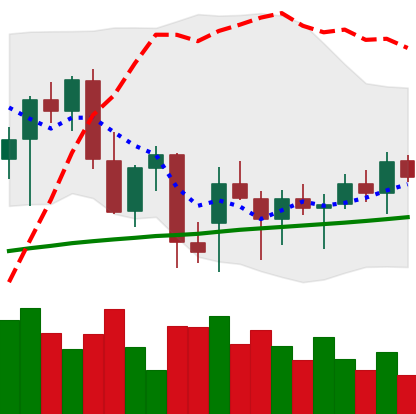
Ticker: ETH-USD
Chart end date: 2021-12-24
Forward return: -10.362%
Label: down_7plus